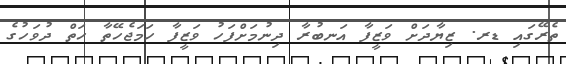
ތެރޭގައި ޑރ. ޒިޔާދަށް ވަޒީފާ އަނބުރާ ދިނުމަށްފަހު ވަޒީފާ ހަމަޖެހޭތާ ހަތް ދުވަހުގެ